Annual report on the working of the Harcourt Butler Institute of Public Health, Rangoon
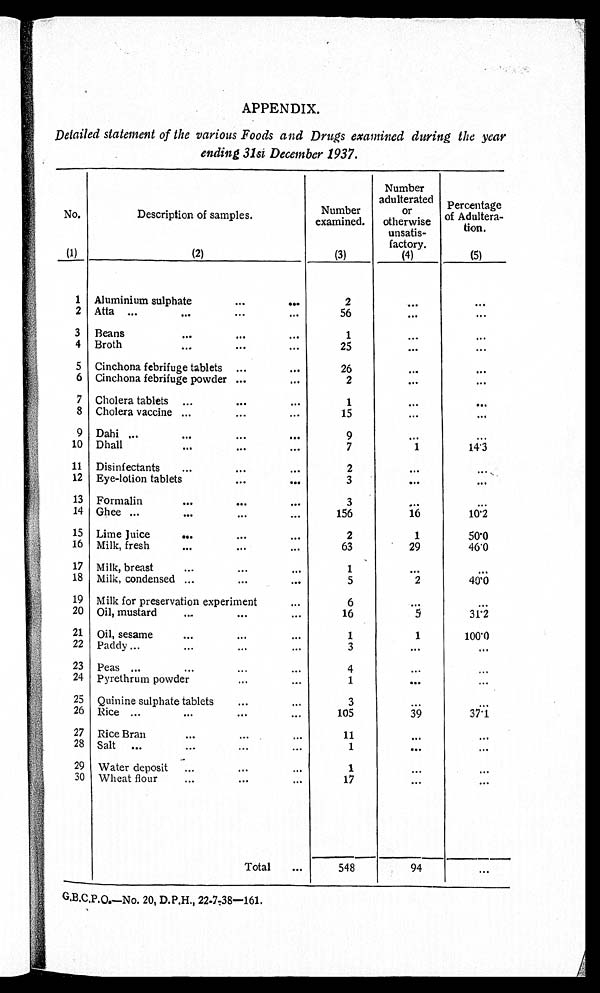
APPENDIX.
Detailed statement of the various Foods and Drugs examined during the year
ending 31si December 1937.
No.
(1)
Description of samples.
(2)
Number
examined.
(3)
Number
adulterated
or ot her wi se
unsatis
factory.
(4)
Percentage
of Adultera
tion.
(5)
1 Aluminium sulphate
...
. . .
2
. . .
...
2 Atta ...
...
...
...
56
...
. . .
3 Beans
...
...
...
1
. . .
. . .
4 Broth
...
...
...
25
. . .
. . .
5 Cinchona febrifuge tablets ...
...
26
...
. . .
6 Cinchona febrifuge powder ...
...
2
...
. . .
7 Cholera tablets ...
...
...
1
...
. . .
8 Cholera vaccine ...
...
. . .
15
...
. . .
9 Dahi ...
...
...
. . .
9
. . .
. . .
10 Dhall
...
...
7
1
14.3
11 Disinfectants
...
...
...
2
...
...
12 Eye-lotion tablets
...
. . .
3
. . .
. . .
13 Formalin
...
...
...
3
. . .
. . .
14 Ghee ...
...
...
156
16
10.2
15 Lime Juice
...
...
...
2
1
50.0
16 Milk, fresh
...
...
63
29
46.0
17 Milk, breast
...
... ...
1
...
...
18 Milk, condensed ...
...
...
5
2
40.0
19 Milk for preservation experiment
...
6
...
...
20 Oil, mustard
...
...
...
16
5
31.2
21 Oil, sesame
...
...
...
1
1
100.0
22 Paddy ...
...
. . .
3
...
. . .
23 Peas ...
...
...
4
. . .
. . .
24 Pyrethrum powder...
1
. . .
...
25 Quinine sulphate tablets
...
3
. . .
. . .
26 Rice ...
...
...
...
105
39
37.1
27 Rice Bran
....••
11
. . .
. . .
28 Salt
...
...
...
. . .
1
. . .
...
29 Water deposit
...
...
...
1
. . .
. . .
30 Wheat flour
...
...
...
17
...
...
Total
...
548
94
...
G.B.C.P.O.—No. 20, D.P.H., 22-7-38—161.